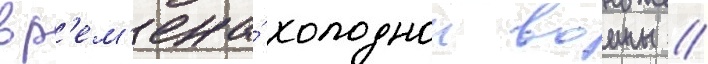
вр'ем'ена́ холоднои воины //